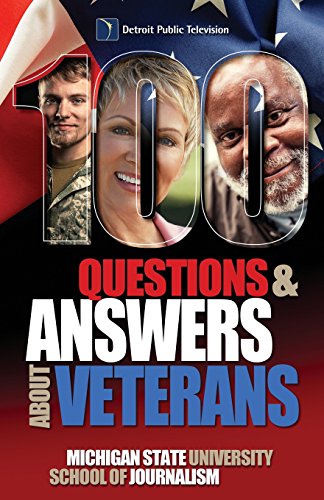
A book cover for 100 Questions and Answers About Veterans: A Guide for Civilians; Michigan State School of Journalism; Parenting & Relationships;